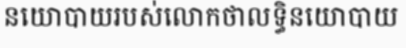
នយោបាយរបស់លោកថាលទ្ធិនយោបាយ